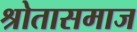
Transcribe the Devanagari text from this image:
श्रोतासमाज